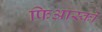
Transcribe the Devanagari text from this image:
फिआस्को